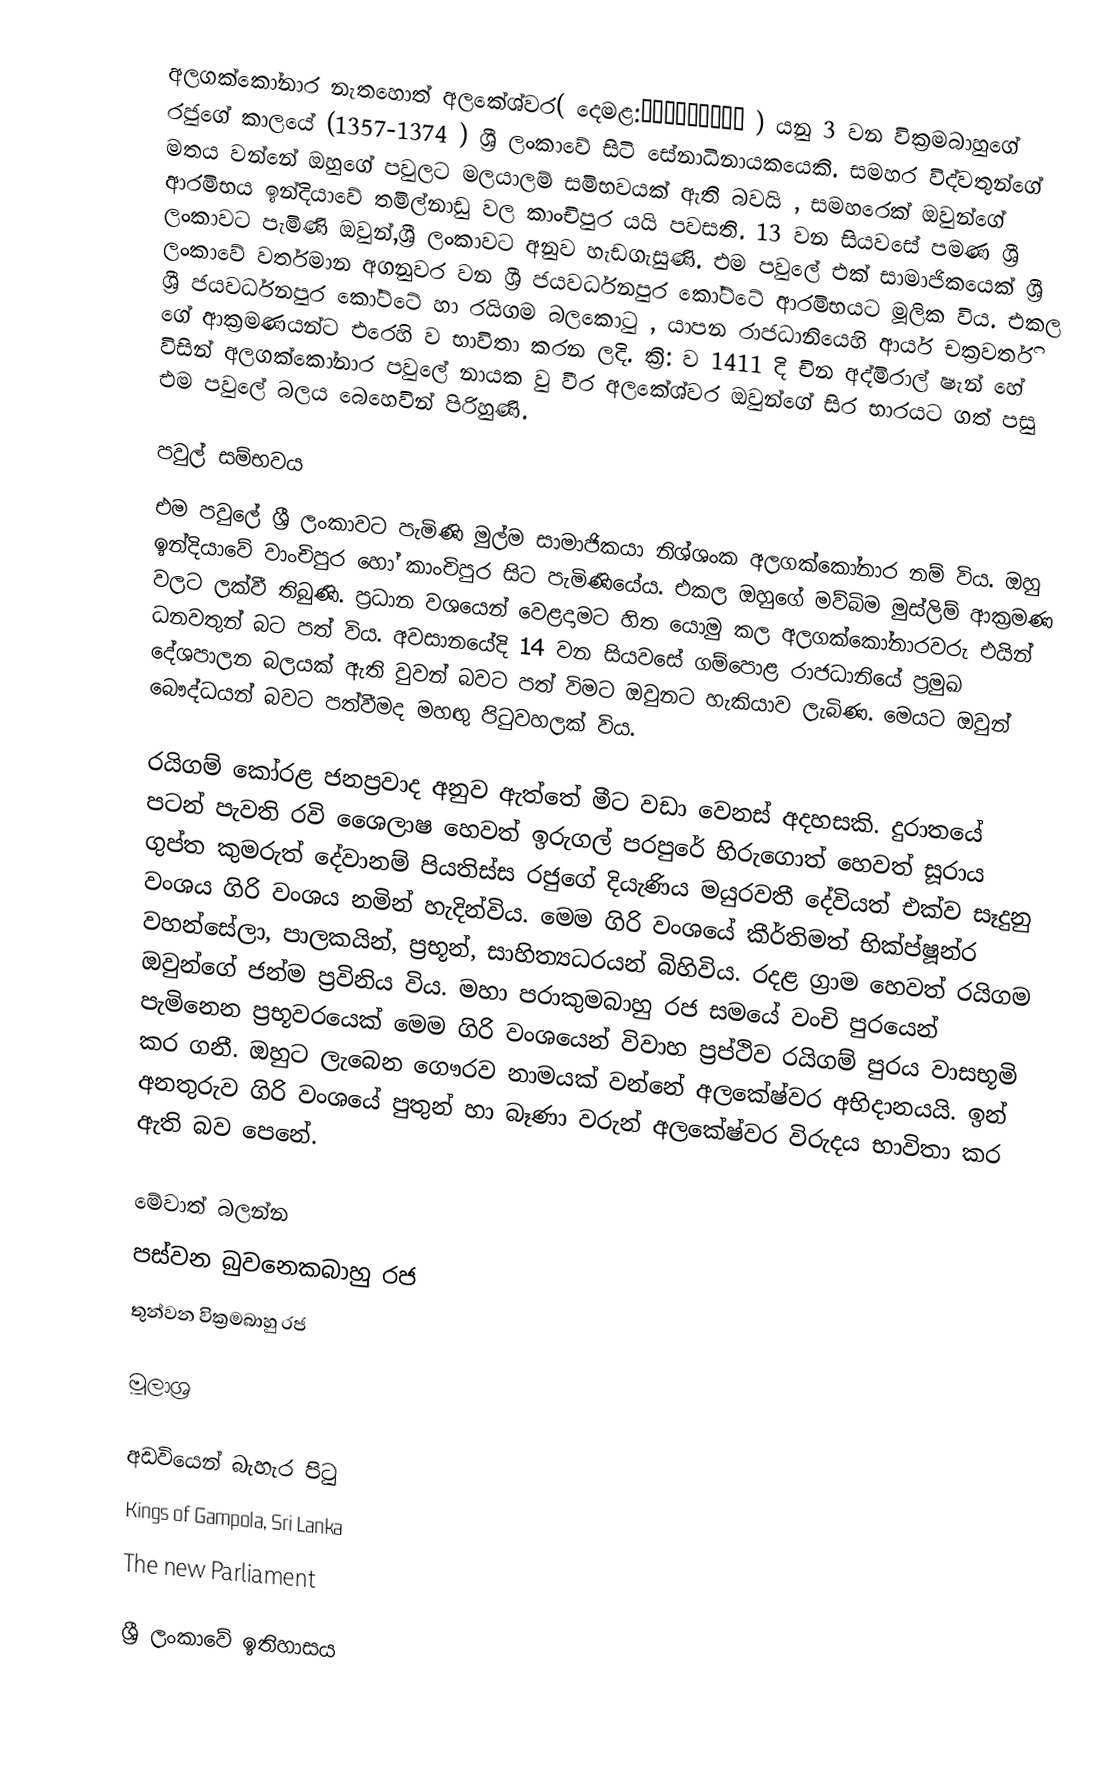
අලගක්කෝනාර නැතහොත් අලකේශ්වර( දෙමළ:அழகக்கோன் ) යනු 3 වන වික්‍රමබාහුගේ රජුගේ කාලයේ (1357-1374 ) ශ්‍රී ලංකාවේ  සිටි සේනාධිනායකයෙකි. සමහර විද්වතුන්ගේ මතය වන්නේ ඔහුගේ පවුලට මලයාලම් සමිභවයක් ඇති බවයි , සමහරෙක් ඔවුන්ගේ ආරමිභය ඉන්දියාවේ  තමිල්නාඩු වල කාංචිපුර යයි පවසති. 13 වන සියවසේ පමණ ශ්‍රී ලංකාවට  පැමිණි ඔවුන්,ශ්‍රී ලංකාවට අනුව හැඩගැසුණි. එම පවුලේ එක් සාමාජිකයෙක් ශ්‍රී ලංකාවේ වර්තමාන අගනුවර වන ශ්‍රී ජයවර්ධනපුර කෝට්ටේ ආරමිභයට මූලික විය. එකල ශ්‍රී ජයවර්ධනපුර කෝට්ටේ හා රයිගම බලකොටු  , යාපන රාජධානියෙහි ආර්ය චක්‍රවර්ති ගේ ආක්‍රමණයන්ට එරෙහි ව භාවිතා කරන ලදි. ක්‍රි: ව 1411 දි චින අද්මිරාල්  ෂැන් හේ  විසින් අලගක්කෝනාර පවුලේ නායක වු  වීර අලකේශ්වර  ඔවුන්ගේ සිර භාරයට ගත් පසු එම පවුලේ බලය බෙහෙවින් පිරිහුණි.

පවුල් සම්භවය
එම පවුලේ ශ්‍රී ලංකාවට පැමිණි මුල්ම  සාමාජිකයා නිශ්ශංක අලගක්කෝනාර නම් විය. ඔහු ඉන්දියාවේ වාංචිපුර හෝ කාංචිපුර සිට පැමිණියේය. එකල ඔහුගේ මව්බිම මුස්ලිම් ආක්‍රමණ වලට ලක්වී තිබුණි.   ප්‍රධාන වශයෙන් වෙළදාමට හිත යොමු කල අලගක්කෝනාරවරු එයින් ධනවතුන් බට පත් විය.  අවසානයේදි 14 වන සියවසේ ගම්පොළ රාජධානියේ ප්‍රමුඛ දේශපාලන බලයක් ඇති වුවන් බවට පත් විමට ඔවුනට හැකියාව ලැබිණ. මෙයට ඔවුන් බෞද්ධයන් බවට පත්වීමද මහඟු පිටුවහලක් විය.

රයිගම් කෝරළ ජනප්‍රවාද අනුව ඇත්තේ මීට වඩා වෙනස් අදහසකි. දුරාතයේ පටන් පැවති රවි ශෛලාෂ හෙවත් ඉරුගල් පරපුරේ හිරුගොත් හෙවත් සූරාය ගුප්ත කුමරුත් දේවානම් පියතිස්ස රජුගේ දියැණිය මයුරවතී දේවියත් එක්ව සෑදුනු වංශය ගිරි වංශය නමින් හැදින්විය. මෙම ගිරි වංශයේ කීර්තිමත් භික්ප්‍ෂූන්ර වහන්සේලා, පාලකයින්, ප්‍රභූන්, සාහිත්‍යධරයන් බිහිවිය. රදළ ග්‍රාම හෙවත් රයිගම ඔවුන්ගේ ජන්ම ප්‍රවිනිය විය. මහා පරාකුමබාහු රජ සමයේ වංචි පුරයෙන් පැමිනෙන ප්‍රභූවරයෙක් මෙම ගිරි වංශයෙන් විවාහ ප්‍රප්ථිව රයිගම් පුරය වාසභූමි කර ගනී. ඔහුට ලැබෙන ගෞරව නාමයක් වන්නේ අලකේෂ්වර අභිදානයයි. ඉන් අනතුරුව ගිරි වංශයේ පුතුන් හා බෑණා වරුන් අලකේෂ්වර විරුදය භාවිතා කර ඇති බව පෙනේ.

මේවාත් බලන්න
පස්වන බුවනෙකබාහු රජ
තුන්වන වික්‍රමබාහු රජ

මූලාශ්‍ර

අඩවියෙන් බැහැර පිටු
Kings of Gampola, Sri Lanka
The new Parliament

ශ්‍රී ලංකාවේ ඉතිහාසය